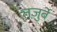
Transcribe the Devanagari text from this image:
तज़ुर्बे